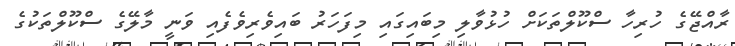
ރާއްޖޭގެ ހުރިހާ ސްކޫލްތަކަށް ހުޅުވާލި މިބައިގައި މިފަހަރު ބައިވެރިވެފެއި ވަނީ މާލޭގެ ސްކޫލްތަކުގެ